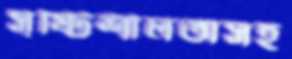
সৃষ্টিশীলতাসহ